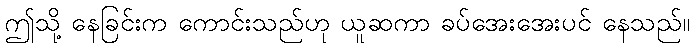
ဤသို့ နေခြင်းက ကောင်းသည်ဟု ယူဆကာ ခပ်အေးအေးပင် နေသည်။